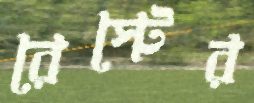
রেস্টের